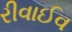
રીવાઈવ